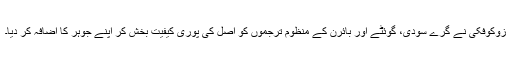
زوکوفکی نے گرے سودی، گوئٹے اور بائرن کے منظوم ترجموں کو اصل کی پوری کیفیت بخش کر اپنے جوہر کا اضافہ کر دیا۔